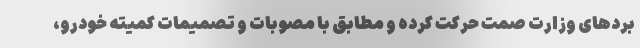
بردهای وزارت صمت حرکت کرده و مطابق با مصوبات و تصمیمات کمیته خودرو،